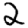
Digit: 2